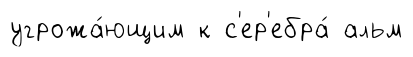
угрожа́ющим к с'ер'ебра́ альм